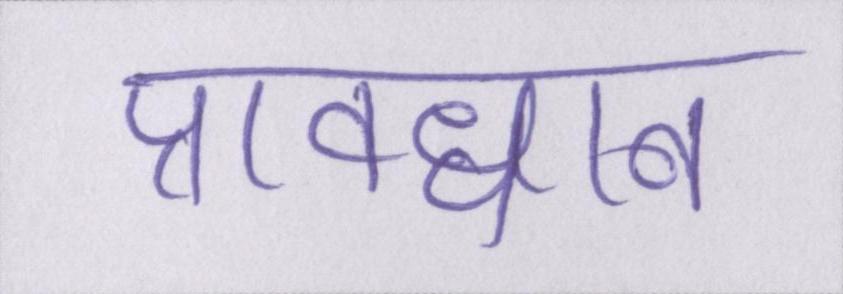
प्रावधान